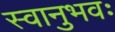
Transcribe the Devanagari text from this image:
स्वानुभवः